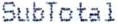
SUBTOTAL